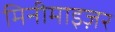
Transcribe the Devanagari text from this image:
मिनीमाइज़र